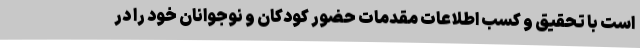
است با تحقیق و کسب اطلاعات مقدمات حضور کودکان و نوجوانان خود را در